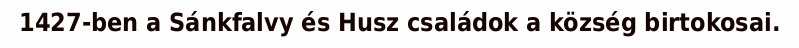
1427-ben a Sánkfalvy és Husz családok a község birtokosai.